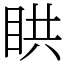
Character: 䀧